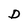
Character: D